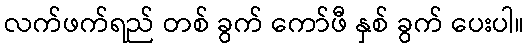
လက်ဖက်ရည် တစ် ခွက် ကော်ဖီ နှစ် ခွက် ပေးပါ။